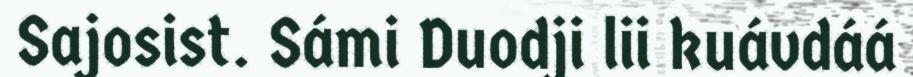
Sajosist. Sámi Duodji lii kuávdáá